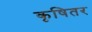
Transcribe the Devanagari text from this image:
कृषितर